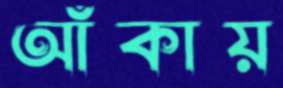
আঁকায়